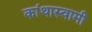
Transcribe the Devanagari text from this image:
कांथास्वामी